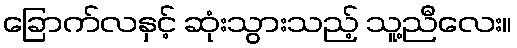
ခြောက်လနှင့် ဆုံးသွားသည့် သူ့ညီလေး။